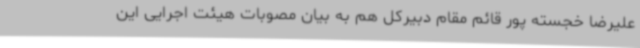
علیرضا خجسته پور قائم مقام دبیرکل هم به بیان مصوبات هیئت اجرایی این